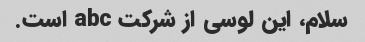
سلام، این لوسی از شرکت abc است.